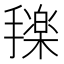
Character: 𰔰